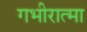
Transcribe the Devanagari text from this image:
गभीरात्मा